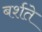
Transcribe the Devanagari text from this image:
बर्शते